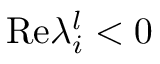
\mathrm { R e } \lambda _ { i } ^ { l } < 0